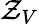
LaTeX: \mathcal{Z}_{V}